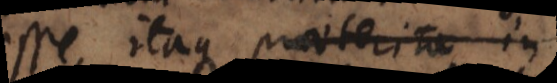
esse, itaque de praeterit